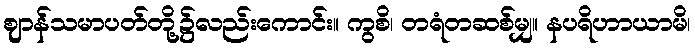
ဈာန်သမာပတ်တို့၌လည်းကောင်း။ ကွစိ၊ တရံတဆစ်မျှ။ နပရိဟာယာမိ၊